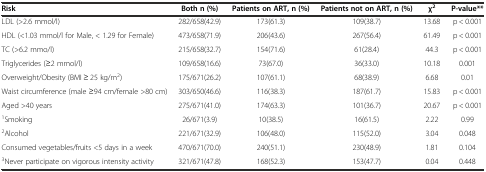
<table><thead><tr><td><b>Risk</b></td><td><b>Both n (%)</b></td><td><b>Patients on ART, n (%)</b></td><td><b>Patients not on ART, n (%)</b></td><td><b>χ<sup>2</sup></b></td><td><b>P-value**</b></td></tr></thead><tbody><tr><td>LDL (&gt;2.6 mmol/l)</td><td>282/658(42.9)</td><td>173(61.3)</td><td>109(38.7)</td><td>13.68</td><td>p &lt; 0.001</td></tr><tr><td>HDL (&lt;1.03 mmol/l for Male, &lt; 1.29 for Female)</td><td>473/658(71.9)</td><td>206(43.6)</td><td>267(56.4)</td><td>61.49</td><td>p &lt; 0.001</td></tr><tr><td>TC (&gt;6.2 mmo/l)</td><td>215/658(32.7)</td><td>154(71.6)</td><td>61(28.4)</td><td>44.3</td><td>p &lt; 0.001</td></tr><tr><td>Triglycerides (≥2 mmol/l)</td><td>109/658(16.6)</td><td>73(67.0)</td><td>36(33.0)</td><td>10.18</td><td>0.001</td></tr><tr><td>Overweight/Obesity (BMI ≥ 25 kg/m<sup>2</sup>)</td><td>175/671(26.2)</td><td>107(61.1)</td><td>68(38.9)</td><td>6.68</td><td>0.01</td></tr><tr><td>Waist circumference (male ≥94 cm/female &gt;80 cm)</td><td>303/650(46.6)</td><td>116(38.3)</td><td>187(61.7)</td><td>15.83</td><td>p &lt; 0.001</td></tr><tr><td>Aged &gt;40 years</td><td>275/671(41.0)</td><td>174(63.3)</td><td>101(36.7)</td><td>20.67</td><td>p &lt; 0.001</td></tr><tr><td><sup>1</sup>Smoking</td><td>26/671(3.9)</td><td>10(38.5)</td><td>16(61.5)</td><td>2.22</td><td>0.99</td></tr><tr><td><sup>2</sup>Alcohol</td><td>221/671(32.9)</td><td>106(48.0)</td><td>115(52.0)</td><td>3.04</td><td>0.048</td></tr><tr><td>Consumed vegetables/fruits &lt;5 days in a week</td><td>470/671(70.0)</td><td>240(51.1)</td><td>230(48.9)</td><td>1.81</td><td>0.104</td></tr><tr><td><sup>3</sup>Never participate on vigorous intensity activity</td><td>321/671(47.8)</td><td>168(52.3)</td><td>153(47.7)</td><td>0.04</td><td>0.448</td></tr></tbody></table>